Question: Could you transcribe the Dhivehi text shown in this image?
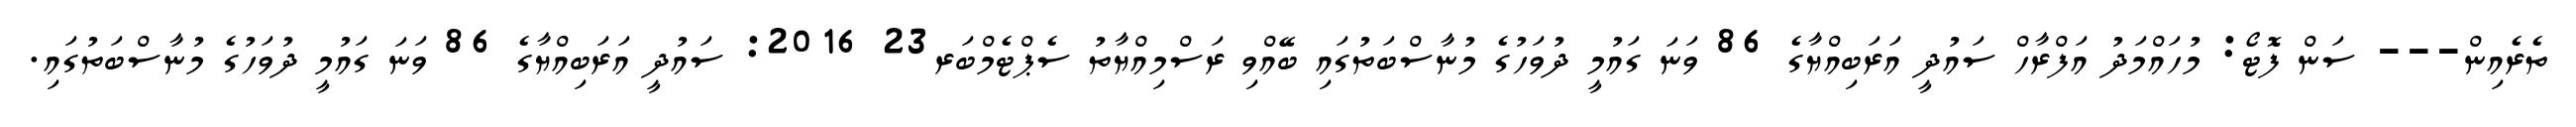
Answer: ތެރެއިން--- ސަން ފޮޓޯ: މުހައްމަދު އަފްރާހް ސައުދީ އަރަބިއްޔާގެ 86 ވަނަ ގައުމީ ދުވަހުގެ މުނާސްބަތުގައި ބޭއްވި ރަސްމިއްޔާތު ސެޕްޓެމްބަރ23 2016: ސައުދީ އަރަބިއްޔާގެ 86 ވަނަ ގައުމީ ދުވަހުގެ މުނާސްބަތުގައި.